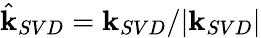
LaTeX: \hat{\mathbf{k}}_{SVD}=\mathbf{k}_{SVD}/|\mathbf{k}_{SVD}|